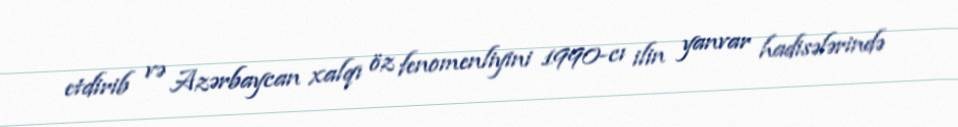
etdirib və Azərbaycan xalqı öz fenomenliyini 1990-cı ilin yanvar hadisələrində